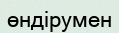
өндірумен